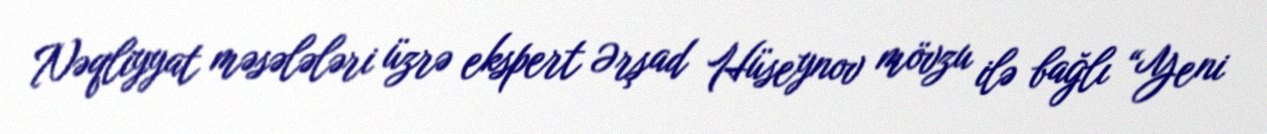
Nəqliyyat məsələləri üzrə ekspert Ərşad Hüseynov mövzu ilə bağlı “Yeni